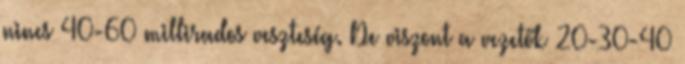
nincs 40-60 millirados veszteség. De viszont a vezetők 20-30-40